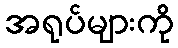
အရုပ်များကို